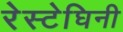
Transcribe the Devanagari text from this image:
रेस्टेघिनी